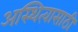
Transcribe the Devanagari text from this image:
अस्थित्वासाठी